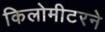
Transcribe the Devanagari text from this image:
किलोमीटरने